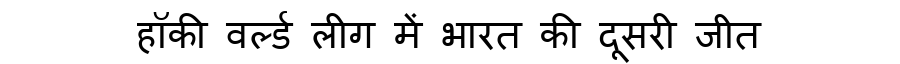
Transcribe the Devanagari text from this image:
हॉकी वर्ल्ड लीग में भारत की दूसरी जीत